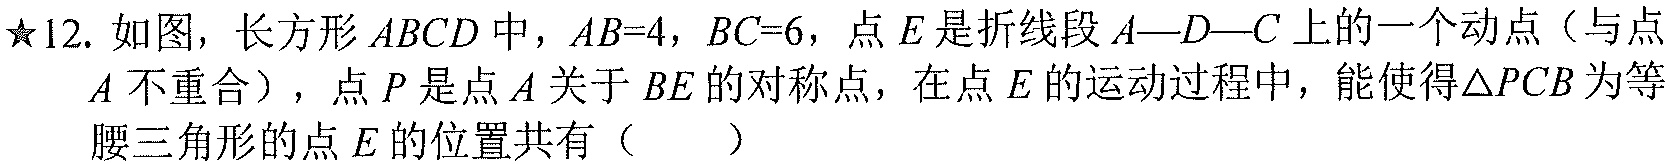
★12. 如图，长方形\(ABCD\)中，\(AB = 4\)，\(BC = 6\)，点\(E\)是折线段\(A—D—C\)上的一个动点（与点\(A\)不重合），点\(P\)是点\(A\)关于\(BE\)的对称点，在点\(E\)的运动过程中，能使得\(\triangle PCB\)为等腰三角形的点\(E\)的位置共有（  ）